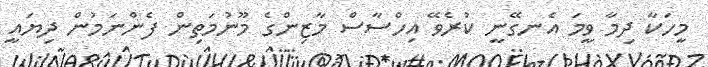
މީހަކާ ދިމާ ވީމަ އެނގޭނީ ކުރެވޭ އިހްސާސް މާޒިންގެ މޫނުމަތިން ފެންނަމުން ދިޔައީ